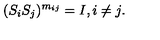
( S _ { i } S _ { j } ) ^ { m _ { i j } } = I , i \neq j .